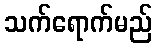
သက်ရောက်မည်